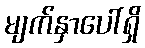
မျက်နှာပေါ်ရှိ